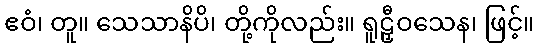
ဧဝံ၊ တူ။ သေသာနိပိ၊ တို့ကိုလည်း။ ရူဠှီဝသေန၊ ဖြင့်။